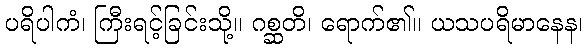
ပရိပါကံ၊ ကြီးရင့်ခြင်းသို့။ ဂစ္ဆတိ၊ ရောက်၏။ ယသပရိမာနေန၊